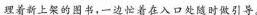
理着新上架的图书，一边忙着在入口处随时做引导。